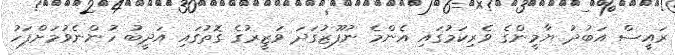
ރައީސް އަބުދު ޔާމީންގެ ވެރިކަމުގައި އެންމެ ނުފޫޒުގަދަ ވަޒީރުގެ ގޮތުގައި އަދީބު ހުންނެވުމަށްފަހު